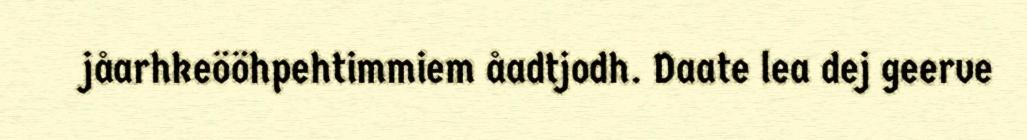
jåarhkeööhpehtimmiem åadtjodh. Daate lea dej geerve